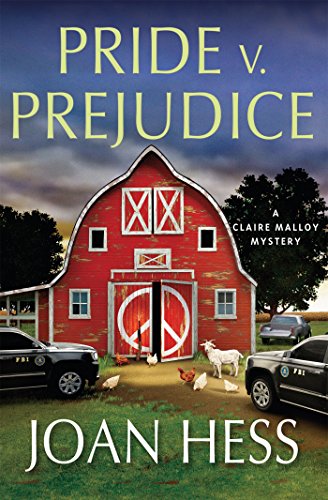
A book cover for Pride v. Prejudice: A Claire Malloy Mystery (Claire Malloy Mysteries); Joan Hess; Mystery, Thriller & Suspense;